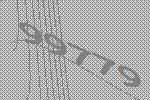
99779